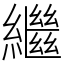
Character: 繼